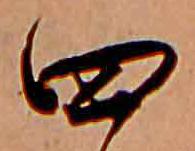
四